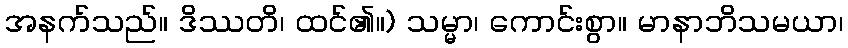
အနက်သည်။ ဒိဿတိ၊ ထင်၏။) သမ္မာ၊ ကောင်းစွာ။ မာနာဘိသမယာ၊